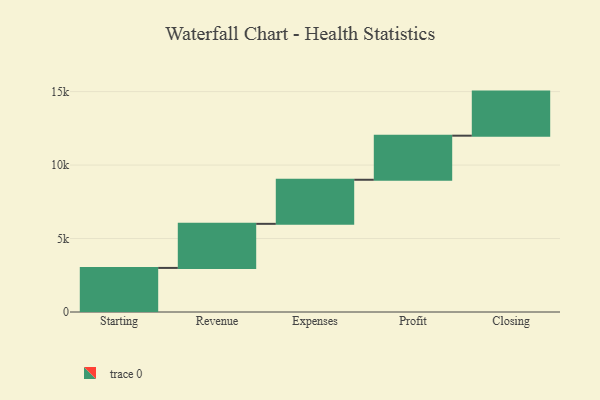
{"axis": {"x": "Step", "y": "Value"}, "legend": [""], "data": [{"x": "Starting", "y": 3000, "type": ""}, {"x": "Revenue", "y": 3000, "type": ""}, {"x": "Expenses", "y": 3000, "type": ""}, {"x": "Profit", "y": 3000, "type": ""}, {"x": "Closing", "y": 3000, "type": ""}]}